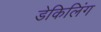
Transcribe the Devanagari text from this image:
डेकिलिंग